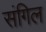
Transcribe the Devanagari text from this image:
संगिल